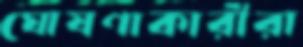
ঘোষণাকারীরা